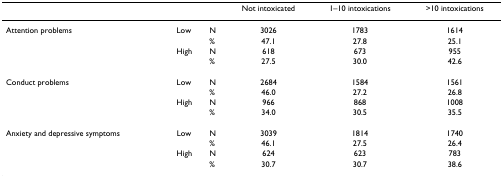
|  |  |  | Not intoxicated | 1–10 intoxications | >10 intoxications |
 | --- | --- | --- | --- | --- | --- |
 | Attention problems | Low | N | 3026 | 1783 | 1614 |
 |  |  | % | 47.1 | 27.8 | 25.1 |
 |  | High | N | 618 | 673 | 955 |
 |  |  | % | 27.5 | 30.0 | 42.6 |
 | Conduct problems | Low | N | 2684 | 1584 | 1561 |
 |  |  | % | 46.0 | 27.2 | 26.8 |
 |  | High | N | 966 | 868 | 1008 |
 |  |  | % | 34.0 | 30.5 | 35.5 |
 | Anxiety and depressive symptoms | Low | N | 3039 | 1814 | 1740 |
 |  |  | % | 46.1 | 27.5 | 26.4 |
 |  | High | N | 624 | 623 | 783 |
 |  |  | % | 30.7 | 30.7 | 38.6 |